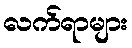
လက်ရာများ